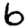
Digit: 6